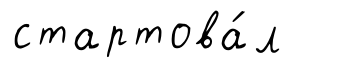
стартова́л